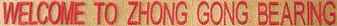
WELCOME TO ZHONG CONG BEARING